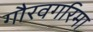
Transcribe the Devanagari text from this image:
गौरवगरिमा